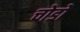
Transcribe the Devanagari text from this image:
चोडो